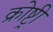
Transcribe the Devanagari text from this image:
क्रोष्ट्री